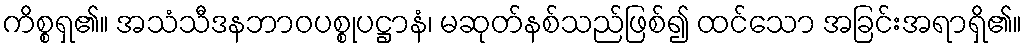
ကိစ္စရှ၏။ အသံသီဒနဘာဝပစ္စုပဋ္ဌာနံ၊ မဆုတ်နစ်သည်ဖြစ်၍ ထင်သော အခြင်းအရာရှိ၏။